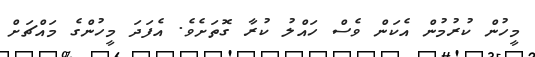
މީހުން ކުރުމުން އެކަން ވެސް ހައްލު ކުރާ ގޮތަށެވެ. އެފަދަ މީހުންގެ މައްޗަށް